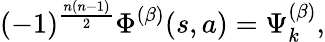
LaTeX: (-1)^{\frac{n(n-1)}{2}}\Phi^{(\beta)}(s,a)=\Psi_{k}^{(\beta)},